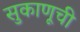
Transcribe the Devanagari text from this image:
सुकाणूची